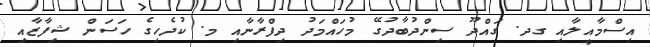
އިސްމާއީލާއި ގދ. ގައްދޫ ސިންދުބާދުގޭ މުހައްމަދު ދިފްރާނާއި މ. ކުދެހިގެ ހަސަން ޝިފާޒާއި